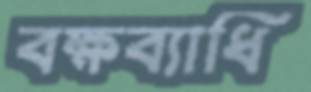
বক্ষব্যাধি